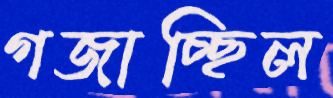
গজাচ্ছিল